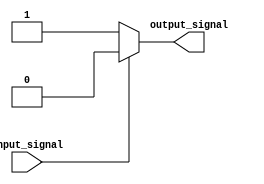
module if_else_statement(input wire input_signal, output reg output_signal);
  
  always @(*) begin
    if (~input_signal) begin
      // code block to be executed if condition is true
      output_signal <= 1'b1;
    end
    else begin
      // code block to be executed if condition is false
      output_signal <= 1'b0;
    end
  end
  
endmodule